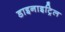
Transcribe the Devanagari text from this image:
डाइनाइट्रिल